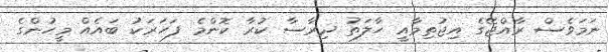
ނަމަވެސް ރާއްޖޭގެ އިޖުތިމާއީ ހާލަތު ދިރާސާ ކުރާ ކޮންމެ ފަހަރަކު ބައެއް މީހުންގެ